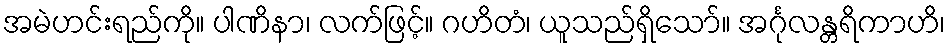
အမဲဟင်းရည်ကို။ ပါဏိနာ၊ လက်ဖြင့်။ ဂဟိတံ၊ ယူသည်ရှိသော်။ အင်္ဂုလန္တရိကာဟိ၊